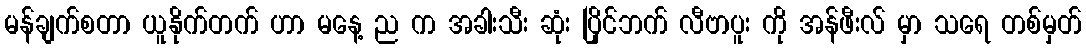
မန်ချက်စတာ ယူနိုက်တက် ဟာ မနေ့ ည က အခါးသီး ဆုံး ပြိုင်ဘက် လီဗာပူး ကို အန်ဖီးလ် မှာ သရေ တစ်မှတ်